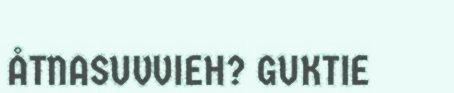
ÅTNASUVVIEH? GUKTIE